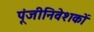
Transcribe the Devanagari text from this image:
पूंजीनिवेशकों